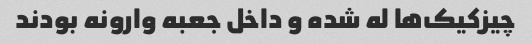
چیزکیک‌ها له شده و داخل جعبه وارونه بودند